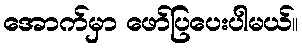
အောက်မှာ ဖော်ပြပေးပါမယ်။